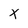
Character: X